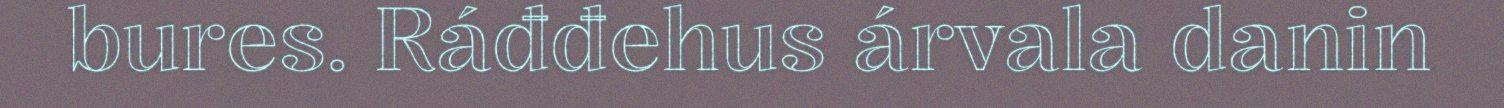
bures. Ráđđehus árvala danin